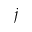
j